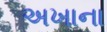
અખાના